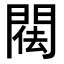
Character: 𨴿